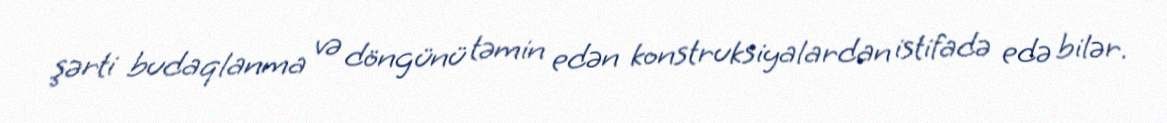
şərti budaqlanma və döngünü təmin edən konstruksiyalardan istifadə edə bilər.